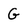
Character: G